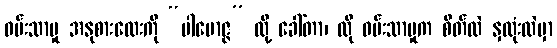
ဝမ်းသာမှု အနုစားလေးကို “ပါမောဇ္ဇ” လို့ ခေါ်တာ၊ ထို ဝမ်းသာမှုက စိတ်ထဲ နှလုံးထဲမှာ